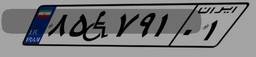
۰۲W۶۶۹۴۹